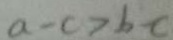
a - c > b - c